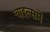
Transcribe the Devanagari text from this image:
चाइल्समें